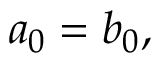
a _ { 0 } = b _ { 0 } ,